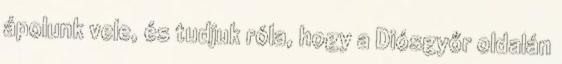
ápolunk vele, és tudjuk róla, hogy a Diósgyőr oldalán